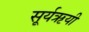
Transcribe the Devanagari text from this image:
सूर्यऋयी